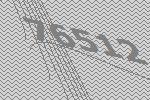
76512